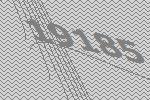
19185